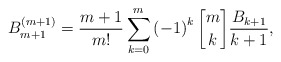
\begin{align*}B_{m+1}^{\left( m+1\right) }=\frac{m+1}{m!}\sum_{k=0}^{m}\left( -1\right)^{k}\genfrac{[}{]}{0pt}{}{m}{k}\frac{B_{k+1}}{k+1}, \end{align*}